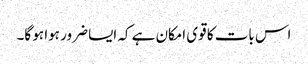
اس بات کا قوی امکان ہے کہ ایسا ضرور ہوا ہو گا۔